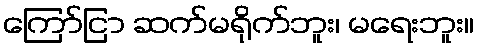
ကြော်ငြာ ဆက်မရိုက်ဘူး၊ မရေးဘူး။